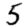
Digit: 5